Indian journal of veterinary science and animal husbandry - Volume 10,
Year: 1940
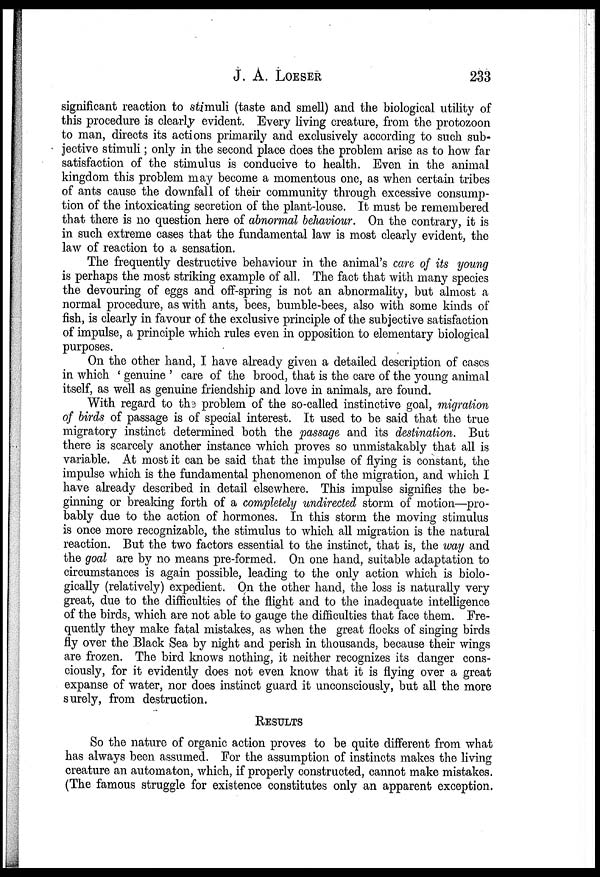
J. A. LOESER 233
significant reaction to stimuli (taste and smell) and the biological utility of
this procedure is clearly evident. Every living creature, from the protozoon
to man, directs its actions primarily and exclusively according to such sub-
jective stimuli; only in the second place does the problem arise as to how far
satisfaction of the stimulus is conducive to health. Even in the animal
kingdom this problem may become a momentous one, as when certain tribes
of ants cause the downfall of their community through excessive consump-
tion of the intoxicating secretion of the plant-louse. It must be remembered
that there is no question here of abnormal behaviour. On the contrary, it is
in such extreme cases that the fundamental law is most clearly evident, the
law of reaction to a sensation.
The frequently destructive behaviour in the animal's care of its young
is perhaps the most striking example of all. The fact that with many species
the devouring of eggs and off-spring is not an abnormality, but almost a
normal procedure, as with ants, bees, bumble-bees, also with some kinds of
fish, is clearly in favour of the exclusive principle of the subjective satisfaction
of impulse, a principle which rules even in opposition to elementary biological
purposes.
On the other hand, I have already given a detailed description of cases
in which ' genuine ' care of the brood, that is the care of the young animal
itself, as well as genuine friendship and love in animals, are found.
With regard to the problem of the so-called instinctive goal, migration
of birds of passage is of special interest. It used to be said that the true
migratory instinct determined both the passage and its destination. But
there is scarcely another instance which proves so unmistakably that all is
variable. At most it can be said that the impulse of flying is constant, the
impulse which is the fundamental phenomenon of the migration, and which I
have already described in detail elsewhere. This impulse signifies the be-
ginning or breaking forth of a completely undirected storm of motion—pro-
bably due to the action of hormones. In this storm the moving stimulus
is once more recognizable, the stimulus to which all migration is the natural
reaction. But the two factors essential to the instinct, that is, the way and
the goal are by no means pre-formed. On one hand, suitable adaptation to
circumstances is again possible, leading to the only action which is biolo-
gically (relatively) expedient. On the other hand, the loss is naturally very
great, due to the difficulties of the flight and to the inadequate intelligence
of the birds, which are not able to gauge the difficulties that face them. Fre-
quently they make fatal mistakes, as when the great flocks of singing birds
fly over the Black Sea by night and perish in thousands, because their wings
are frozen. The bird knows nothing, it neither recognizes its danger cons-
ciously, for it evidently does not even know that it is flying over a great
expanse of water, nor does instinct guard it unconsciously, but all the more
surely, from destruction.
RESULTS
So the nature of organic action proves to be quite different from what
has always been assumed. For the assumption of instincts makes the living
creature an automaton, which, if properly constructed, cannot make mistakes.
(The famous struggle for existence constitutes only an apparent exception.